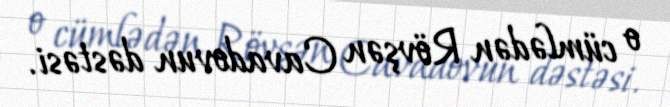
o cümlədən Rövşən Cavadovun dəstəsi.